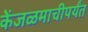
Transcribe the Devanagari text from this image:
केंजळमाचीपर्यंत